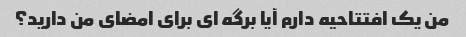
من یک افتتاحیه دارم آیا برگه ای برای امضای من دارید؟